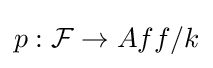
p:{\mathcal {F}}\to Aff/k